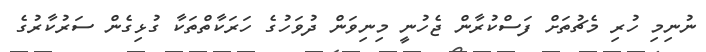
ނުނިމި ހުރި މެޗުތަށް ފަސްކުރާން ޖެހުނީ މިނިވަން ދުވަހުގެ ހަރަކާތްތަކާ ގުޅިގެން ސަރުކާރުގެ